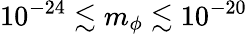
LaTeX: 10^{-24}\lesssim m_{\phi}\lesssim 10^{-20}